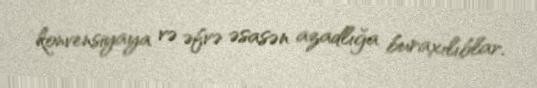
konvensiyaya və əfvə əsasən azadlığa buraxılıblar.